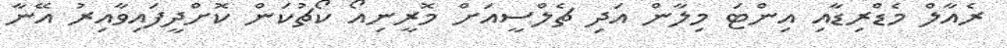
ރެއާލް މެޑްރިޑާއި އިންޓަ މިލާން އަދި ޗެލްސީއަށް މޮރީނިއޯ ކޯޗުކަން ކޮށްދީފައިވާއިރު އޭނާ